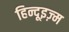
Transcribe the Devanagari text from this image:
हिन्दूइज़्म